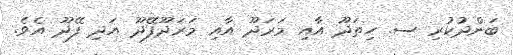
ބަންދުކުރި ސ. ހިތަދޫ އާއި މަރަދޫ އާއި މަރަދޫފޭދޫ އަދި ފޭދޫ އެވެ.